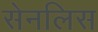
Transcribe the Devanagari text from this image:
सेनलिस